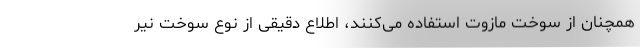
همچنان از سوخت مازوت استفاده می‌کنند، اطلاع دقیقی از نوع سوخت نیر